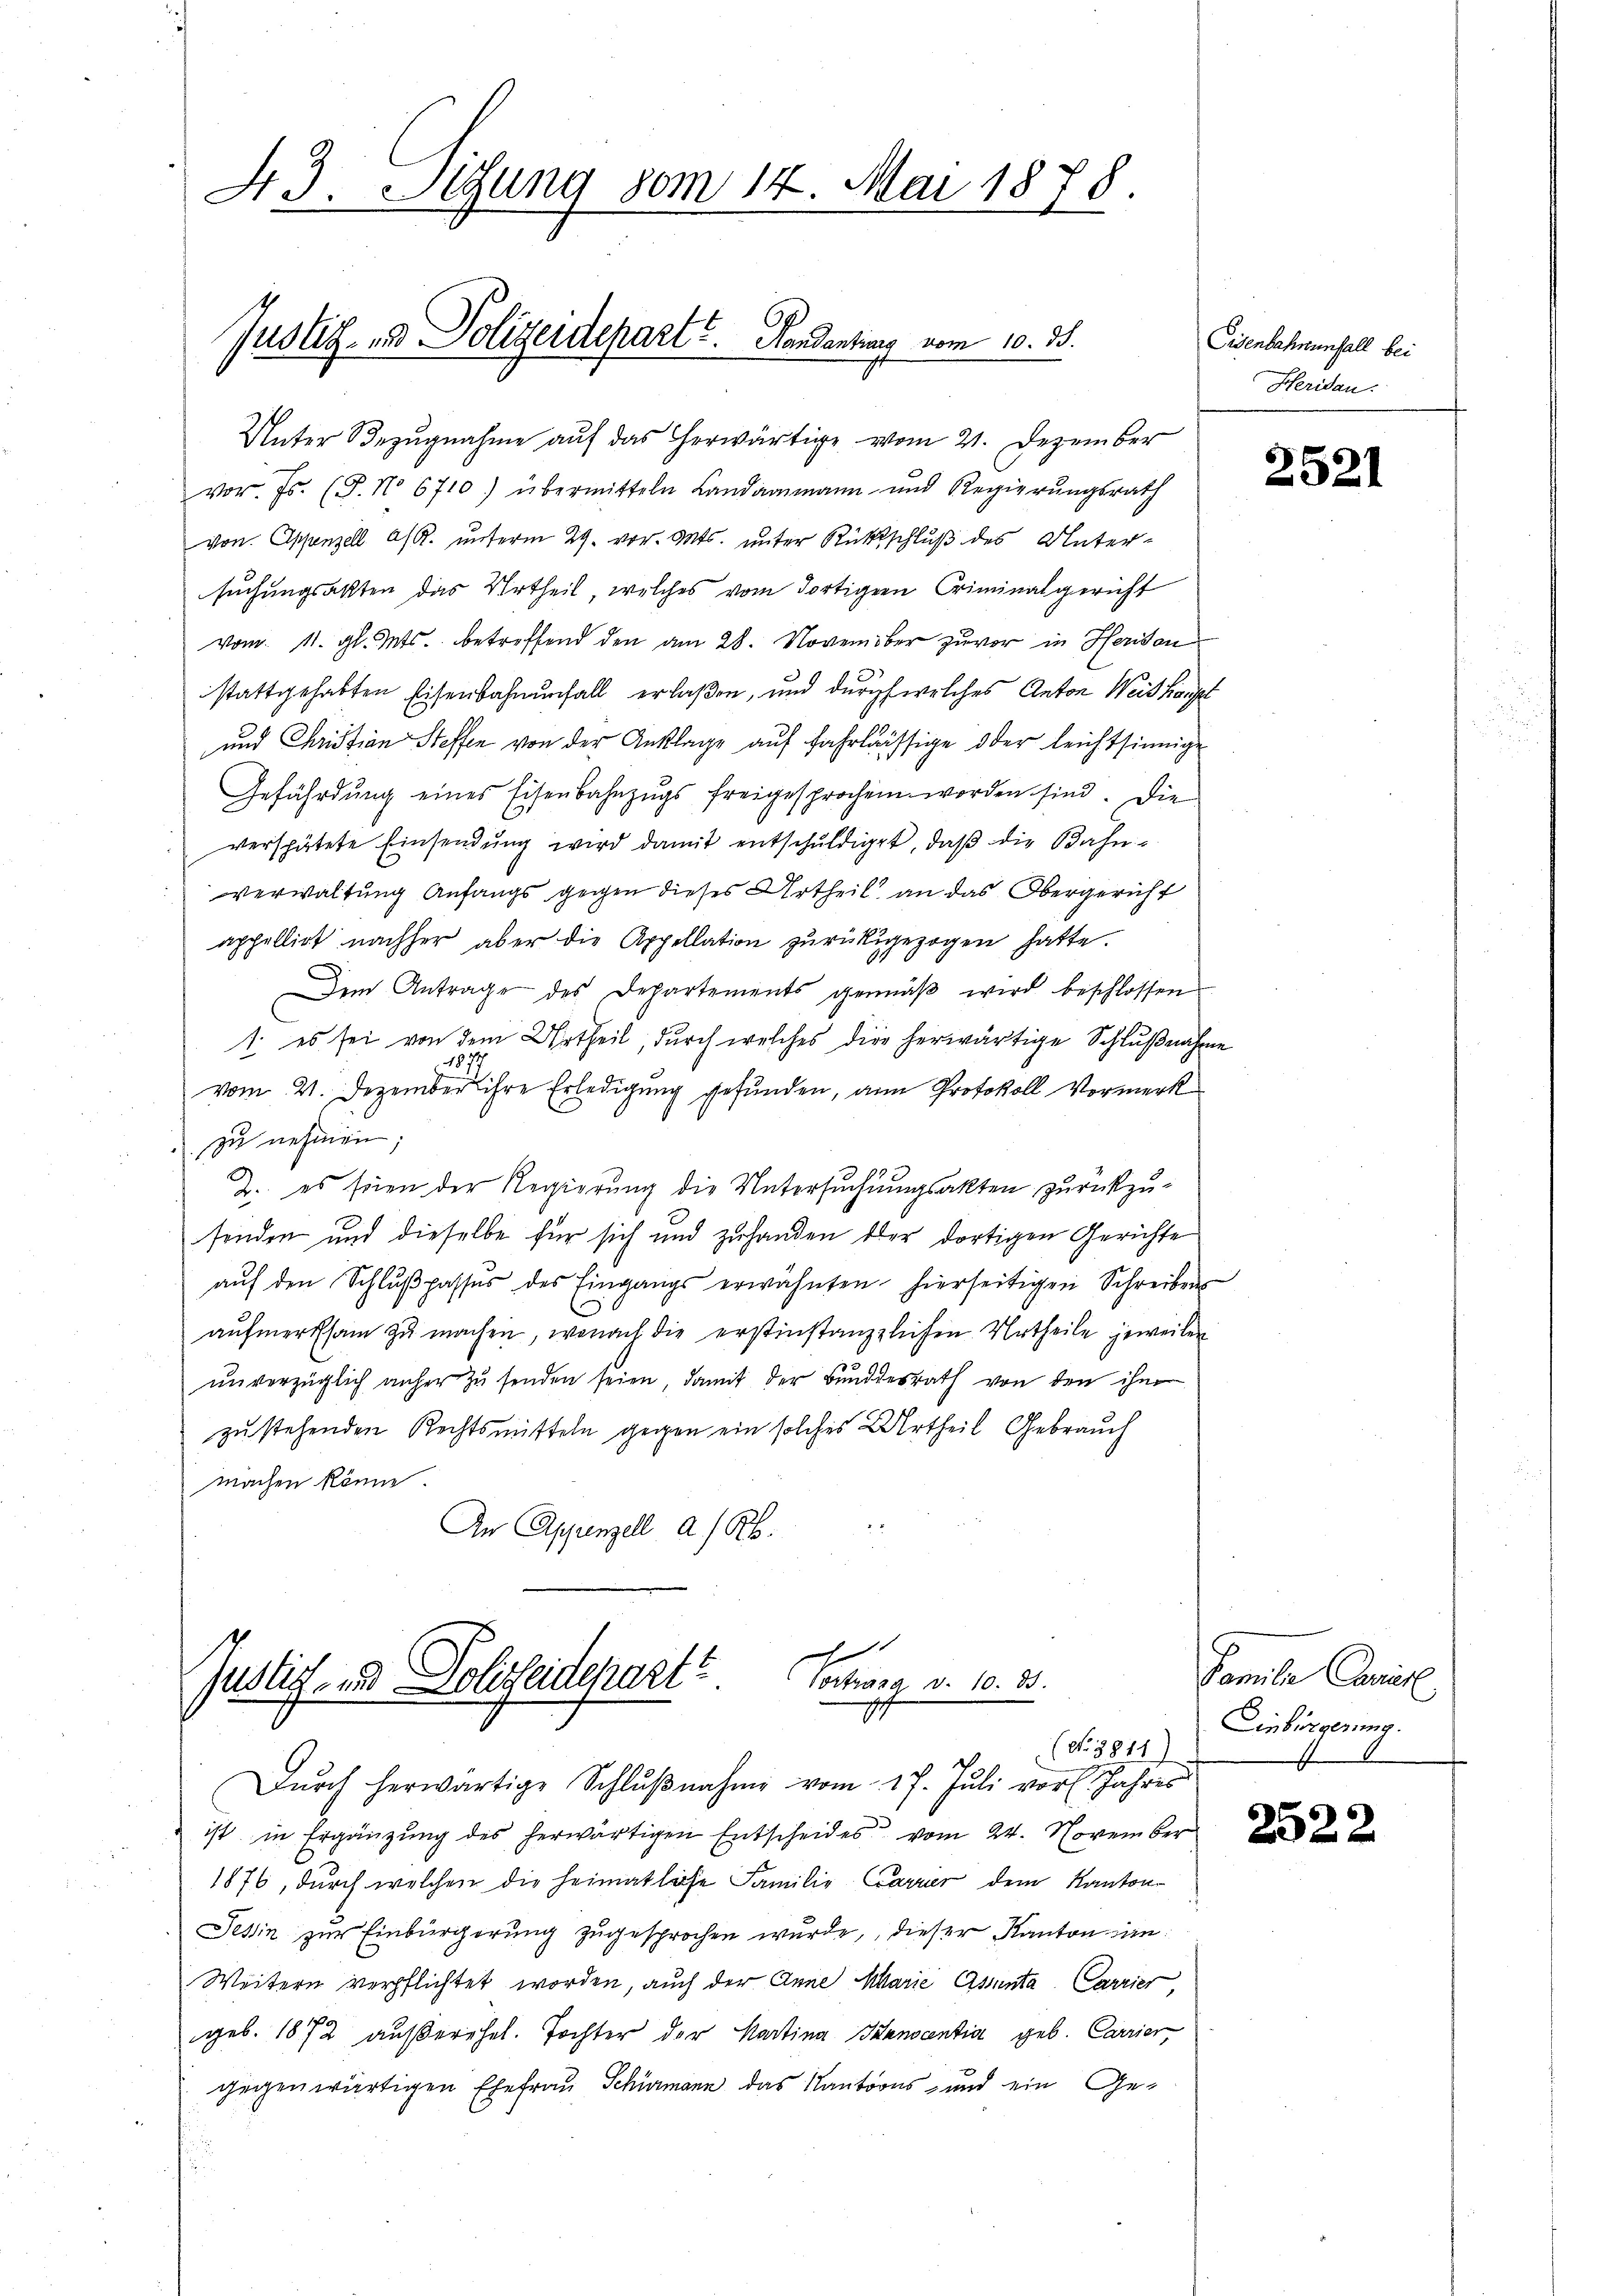
43. Setzung vom 14. Mai 1878.

Justiz- und Polizeidepart u. Kandanting vom 10. 35.

Unter Bezŭgnahme aŭf das herwärtige vom 21. Dezember

vor. Js. (T. No 6710) übermitteln Landammann und Regierŭngsrath
von Appenzell A/R. ŭnterm 29. vor. Mts. unter Rückschluß des Unter-
suchungsakten das Urtheil, welches vom dortigen Criminalgericht
vom 11. gl. Mts. betreffend den am 28. November zuvor in Herisau
stattgehabten Eisenbahnenfall erlaßen, und durch welches Anton Weishaupt
und Christian Steffen von der Anklage auf fahrlässige oder leichtsinnige
Gefährdŭng eines Eisenbahnzŭgs freigesprochen worden sind. Die
verspätete Einsendung wird damit entschuldiget, daß die Bahn-
vverwaltung Anfangs gegen dieses Urtheil an das Obergericht
appellirt nachher aber die Appellation zurückgezogen hatte.
Dem Antrage des Departements gemäβ wird beschlossen
1. es sei von dem Urtheil, durch welches die herwärtige Schlußnahme
vom 21. Dezember ihre Erledigung gefunden, an Protokoll Vormerk
zu nehmen;
2. es seien der Regierung die Untersuchungsakten zurückzusenden und dieselbe für sich und zuhanden der dortigen Gerichte
aŭf den Schlŭβpasses des Eingangs erwähnten hierseitigen Schreiben
aufmerksam zu machen, wonach die erstinstanzzlichen Urtheile jeweilen
ŭnverzüglich anher zŭ senden seien, damit der Bundesrath von den ihm
zu stehenden Rechtsmitteln gegen ein solches Urtheil Gebrauch
machen könne.
An Appenzell a/Rh.

h
Justiz- und Polizeidepart
Vortrag v. 10. 33.
(No 3811)
s
Dŭrch herwärtige Schlŭβnahme vom 17. Jŭli vor. Jahres

ist in Ergänzung des herwärtigen Entscheides vom 24. November
1876, durch welchen die heimatliche Familie Carrier dem Kanton
Tessin zur Einbürgerung zugesprochen wurde, dieser Kanton in
Weitern verpflichtet worden, auch der Anna Marie Assenta Carrier,
geb. 1872 außerehel. Tochter der Kartina Sanocentia geb. Carrier
gegenwärtigen Ehefrau Schumann das Kantons- und ein Ge¬

Eisenbahrunfall bei
Heridau.

2521

Famile Camill
Einbürgerung.

2522